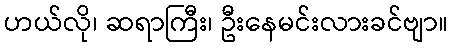
ဟယ်လို၊ ဆရာကြီး၊ ဦးနေမင်းလားခင်ဗျာ။